Vabadussoja_Ajaloo_Komitee, lk 79
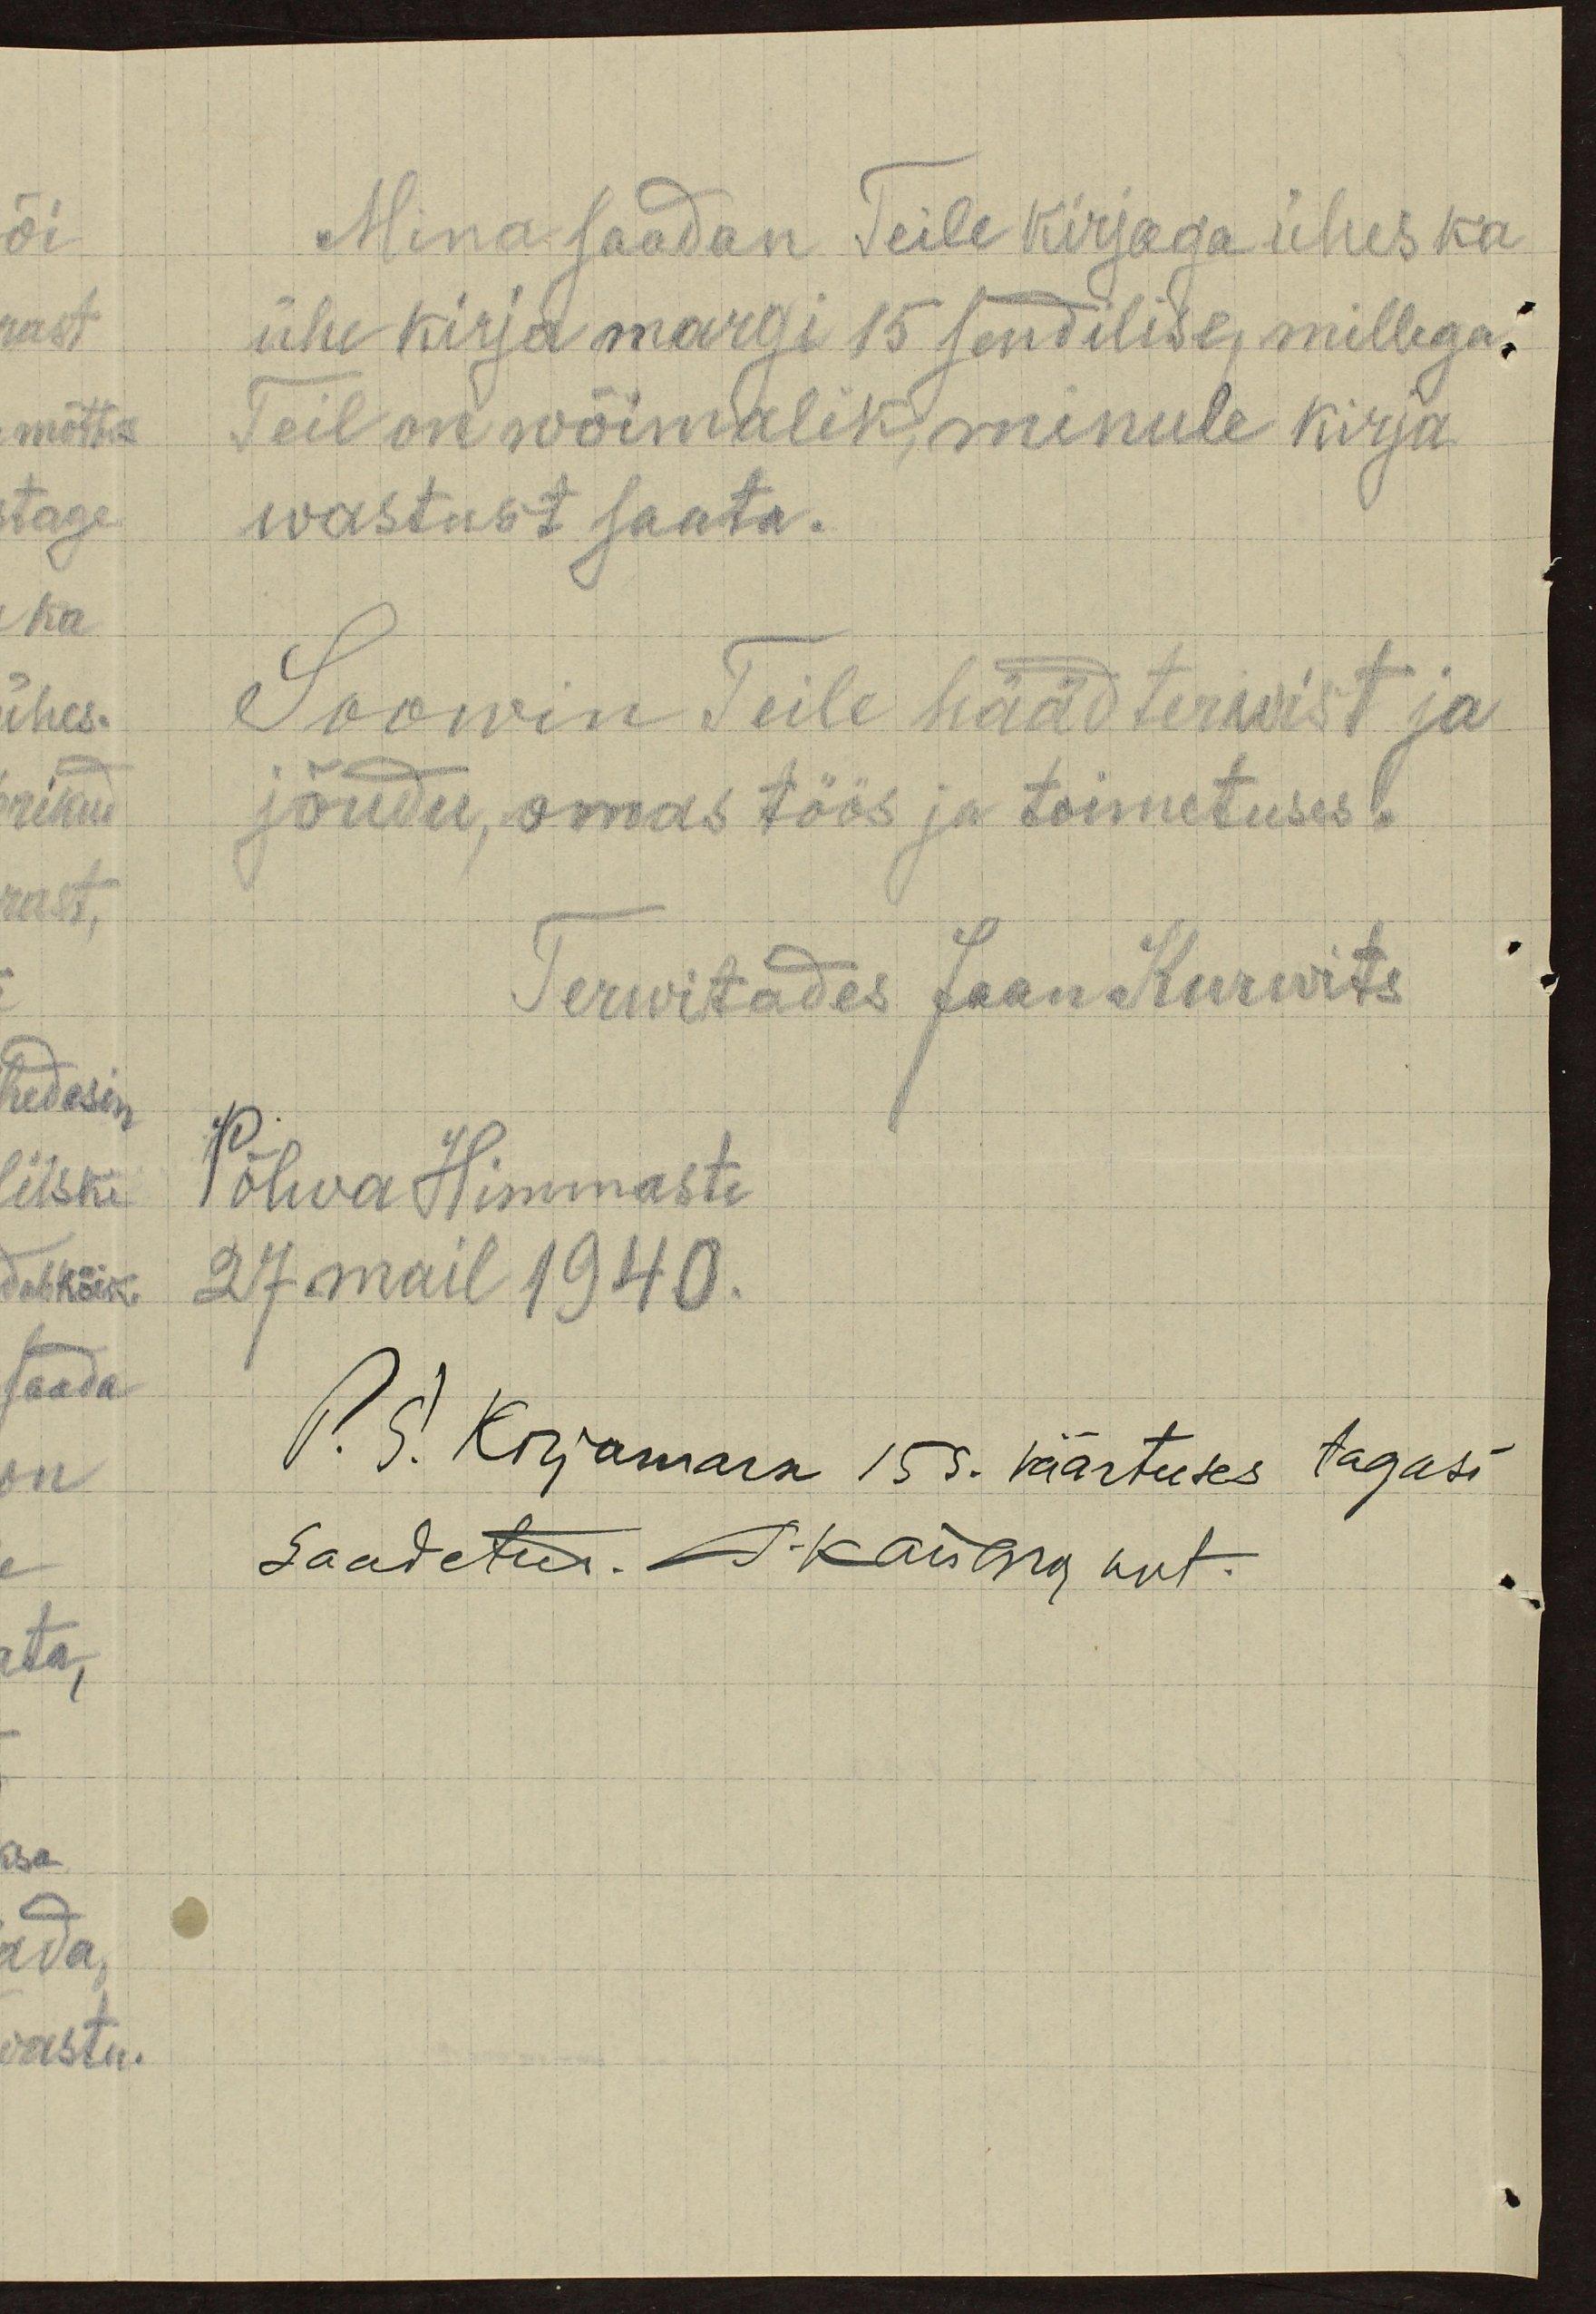
Mina saadan Teile kirjaga ühes ka
ühe kirja margi 15 sendilise, millega
Teil on wõimalik minule kirja
wastust saata.
Soowin Teile hääd terwist ja
jõudu, omas töös ja toimetuses.
Terwitades Jaan Kurwits.
Põlva Himmaste
27 mail 1940.
P. S. Kirjamark 15 s. väärtuses tagasi
Saadetud. T. Kangro nut-